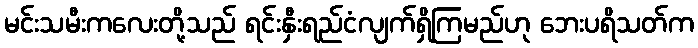
မင်းသမီးကလေးတို့သည် ရင်းနှီးရည်ငံလျက်ရှိကြမည်ဟု ဘေးပရိသတ်က